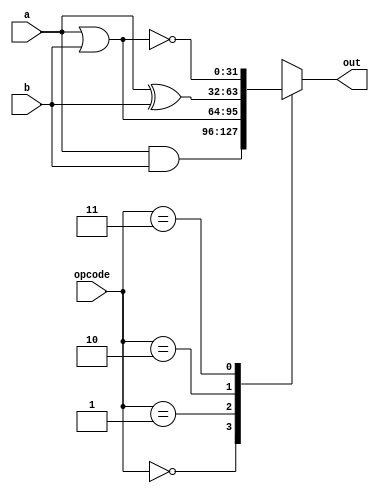
module logic_unit #(parameter N = 32)(
  input [N-1:0] a, b,
  input [1:0] opcode,
  output reg [N-1:0] out
);

always @(*)
begin
  case (opcode[1:0])
    2'b00:
    begin
      out = a & b;
    end

    2'b01:
    begin
      out = a | b;
    end

    2'b10:
    begin
      out = a ^ b;
    end

    2'b11:
    begin
      out = ~(a | b);
    end
  endcase
end

endmodule